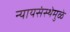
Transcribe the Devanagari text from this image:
न्यायसंस्थेमुळे